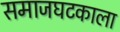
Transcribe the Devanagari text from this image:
समाजघटकाला